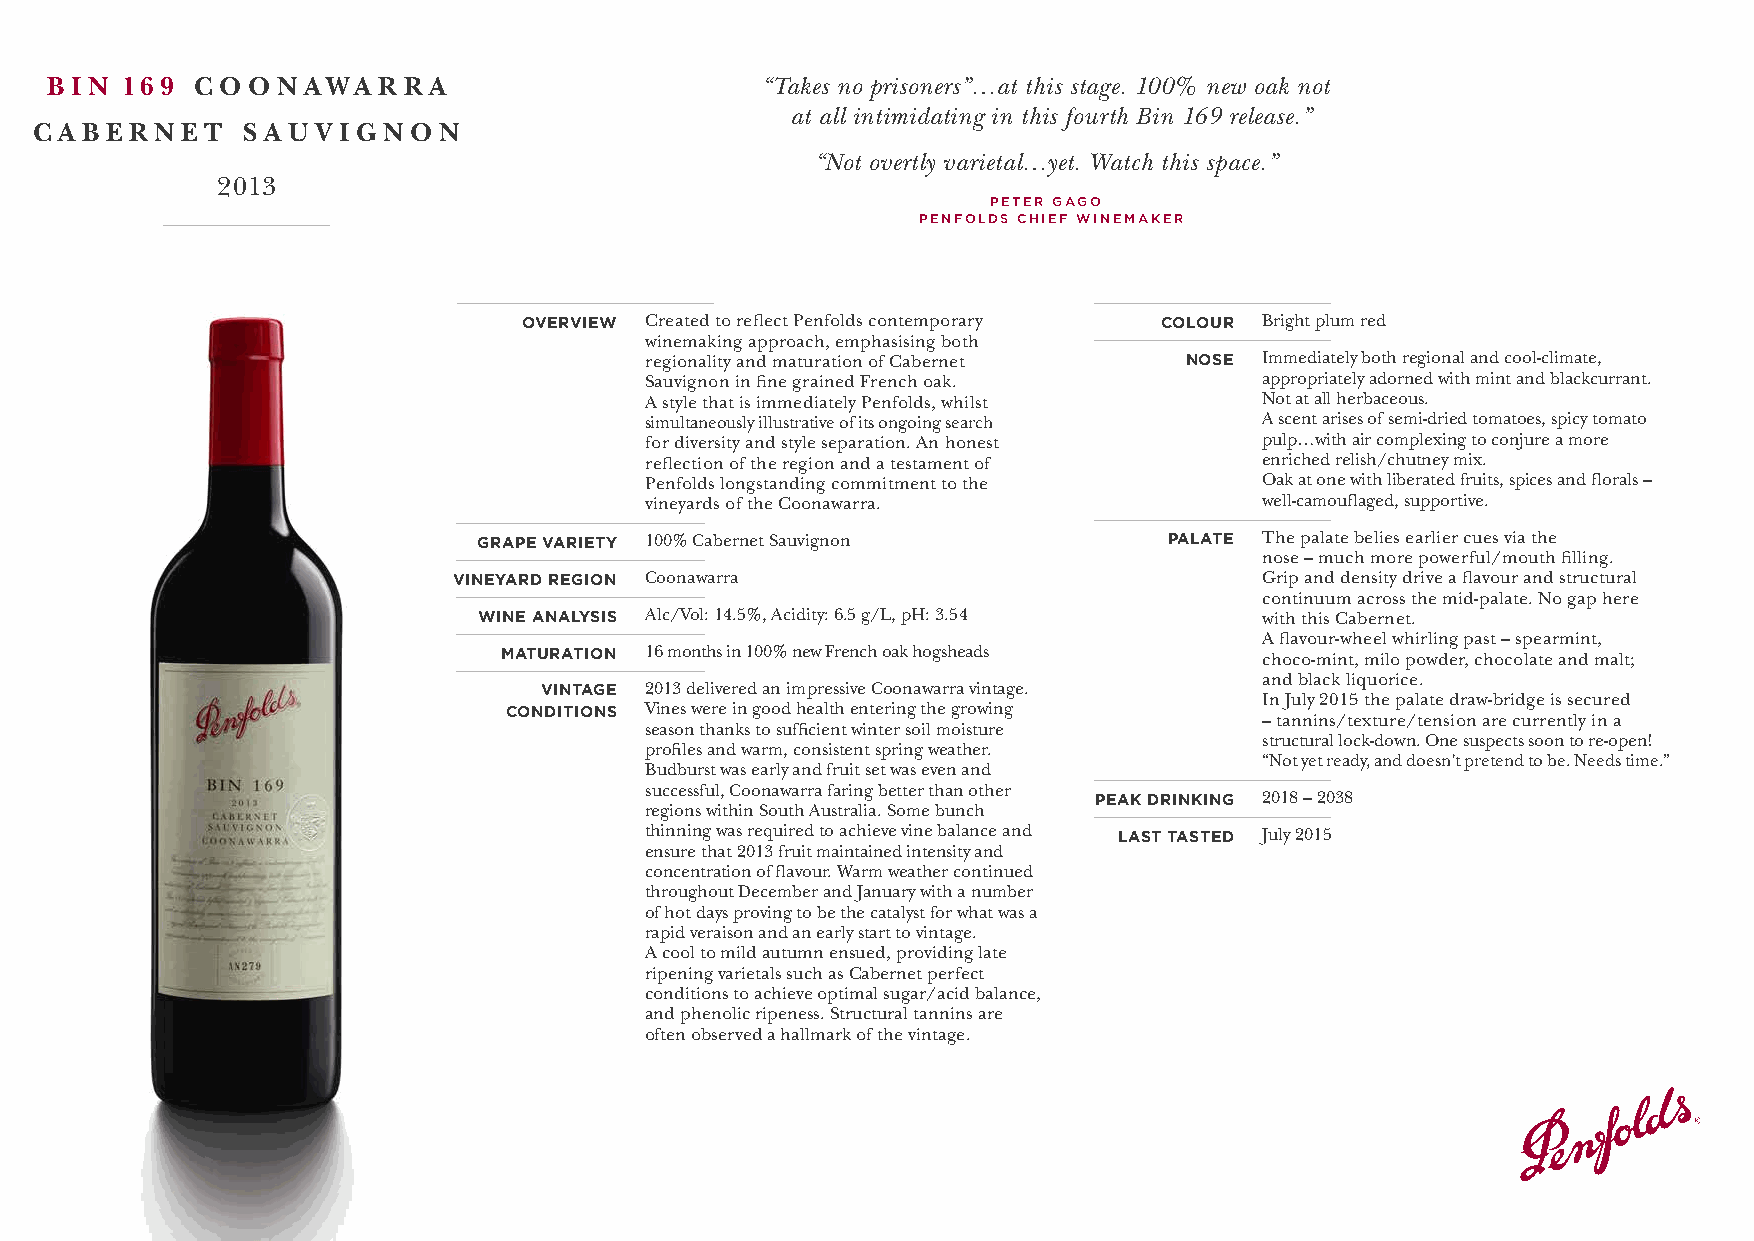
B I N 16 9 C O O N AWA R R A                   “Takes no prisoners”…at this stage. 100% new oak not
 at all intimidating in this fourth Bin 169 release.”
 C A B E R N E T S A U V I G N O N
 “Not overtly varietal…yet. Watch this space.”
 2013
 PETER GAGO
 PENFOLDS CHIEF WINEMAKER
 OVERVIEW Created to reflect Penfolds contemporary COLOUR Bright plum red
 winemaking approach, emphasising both
 regionality and maturation of Cabernet NOSE Immediately both regional and cool-climate,
 Sauvignon in fine grained French oak.    appropriately adorned with mint and blackcurrant.
 A style that is immediately Penfolds, whilst Not at all herbaceous.
 simultaneously illustrative of its ongoing search A scent arises of semi-dried tomatoes, spicy tomato
 for diversity and style separation. An honest pulp…with air complexing to conjure a more
 reflection of the region and a testament of enriched relish/chutney mix.
 Penfolds longstanding commitment to the  Oak at one with liberated fruits, spices and florals –
 vineyards of the Coonawarra.             well-camouflaged, supportive.
 GRAPE VARIETY 100% Cabernet Sauvignon        PALATE The palate belies earlier cues via the
 nose – much more powerful/mouth filling.
 VINEYARD REGION Coonawarra                            Grip and density drive a flavour and structural
 continuum across the mid-palate. No gap here
 WINE ANALYSIS Alc/Vol: 14.5%, Acidity: 6.5 g/L, pH: 3.54 with this Cabernet.
 A flavour-wheel whirling past – spearmint,
 MATURATION 16 months in 100% new French oak hogsheads choco-mint, milo powder, chocolate and malt;
 and black liquorice.
 VINTAGE 2013 delivered an impressive Coonawarra vintage.
 In July 2015 the palate draw-bridge is secured
 CONDITIONS Vines were in good health entering the growing
 – tannins/texture/tension are currently in a
 season thanks to sufficient winter soil moisture
 structural lock-down. One suspects soon to re-open!
 profiles and warm, consistent spring weather.
 “Not yet ready, and doesn’t pretend to be. Needs time.”
 Budburst was early and fruit set was even and
 successful, Coonawarra faring better than other
 PEAK DRINKING 2018 – 2038
 regions within South Australia. Some bunch
 thinning was required to achieve vine balance and LAST TASTED July 2015
 ensure that 2013 fruit maintained intensity and
 concentration of flavour. Warm weather continued
 throughout December and January with a number
 of hot days proving to be the catalyst for what was a
 rapid veraison and an early start to vintage.
 A cool to mild autumn ensued, providing late
 ripening varietals such as Cabernet perfect
 conditions to achieve optimal sugar/acid balance,
 and phenolic ripeness. Structural tannins are
 often observed a hallmark of the vintage.